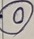
Text: 0